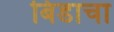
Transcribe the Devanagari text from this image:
बिडाचा